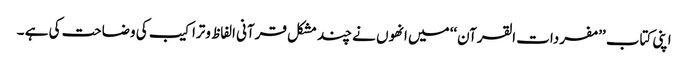
اپنی کتاب ’’مفردات القرآن‘‘ میں انھوں نے چند مشکل قرآنی الفاظ وتراکیب کی وضاحت کی ہے ۔